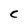
Character: C